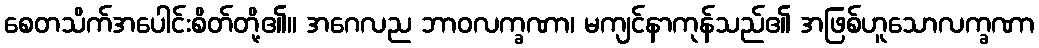
စေတသိက်အပေါင်းစိတ်တို့၏။ အဂေလည ဘာဝလက္ခဏာ၊ မကျင်နာကုန်သည်၏ အဖြစ်ဟူသောလက္ခဏာ